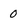
Character: 0